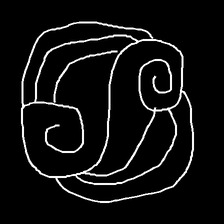
Glyph: wind-underfoot